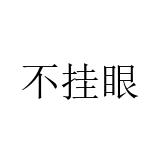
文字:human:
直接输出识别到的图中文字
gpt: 不挂眼